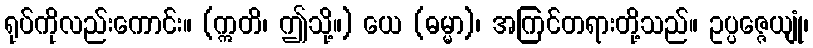
ရုပ်ကိုလည်းကောင်း။ (ဣတိ၊ ဤသို့။) ယေ (ဓမ္မာ)၊ အကြင်တရားတို့သည်။ ဥပ္ပဇ္ဇေယျုံ၊